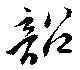
韶